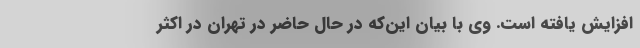
افزایش یافته است. وی با بیان این‌که در حال حاضر در تهران در اکثر